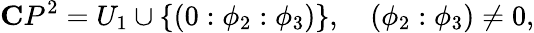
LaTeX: {\mathbf C}P^{2}=U_{1}\cup\{ (0:\phi_{2}:\phi_{3})\} ,\quad(\phi_{2}:\phi_{3})\not=0,